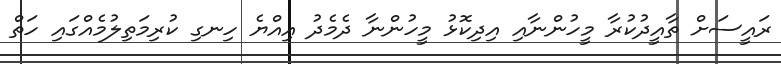
ރައީސަށް ތާއީދުކުރާ މީހުންނާއި އިދިކޮޅު މީހުންނާ ދެމެދު އިއްޔެ ހިނގި ކުރިމަތިލުމެއްގައި ހަތް